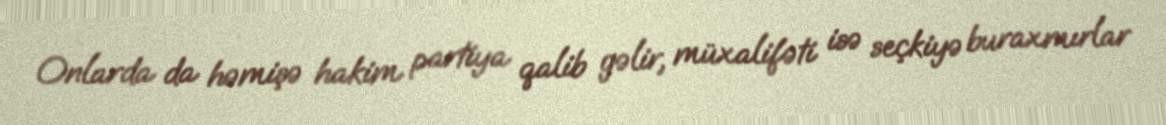
Onlarda da həmişə hakim partiya qalib gəlir, müxalifəti isə seçkiyə buraxmırlar